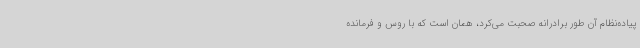
پیاده‌نظام آن طور برادرانه صحبت می‌کرد، همان است که با روس و فرمانده